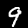
Label: 9